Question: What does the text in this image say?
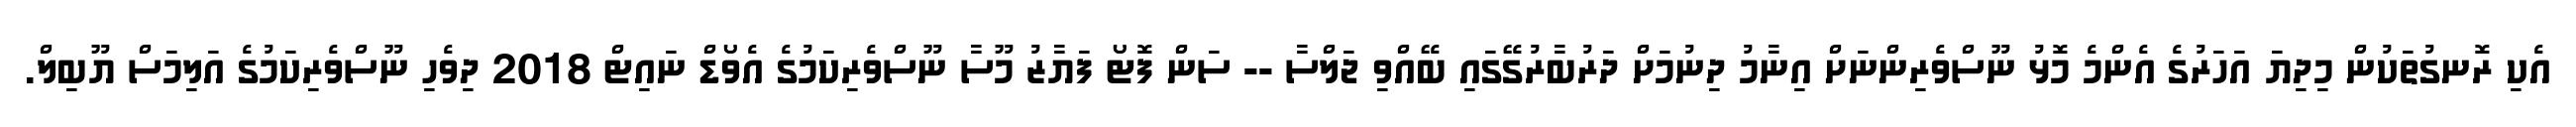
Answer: އެކި ރޮނގުތަކުން މިދިޔަ އަހަރުގެ އެންމެ މޮޅު ނޫސްވެރިންނަށް އިނާމު ދިނުމަށް ދަރުބާރުގޭގައި ބޭއްވި ޖަލްސާ -- ސަން ފޮޓޯ ފަޔާޒު މޫސާ ނޫސްވެރިކަމުގެ އެވޯޑް ނައިޓް 2018 ދިވެހި ނޫސްވެރިކަމުގެ އަލިމަސް ޔޫބިލް.